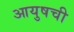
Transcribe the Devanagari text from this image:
आयुषची